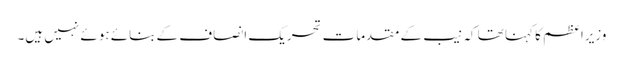
وزیراعظم کا کہنا تھا کہ نیب کے مقدمات تحریک انصاف کے بنائے ہوئے نہیں ہیں۔